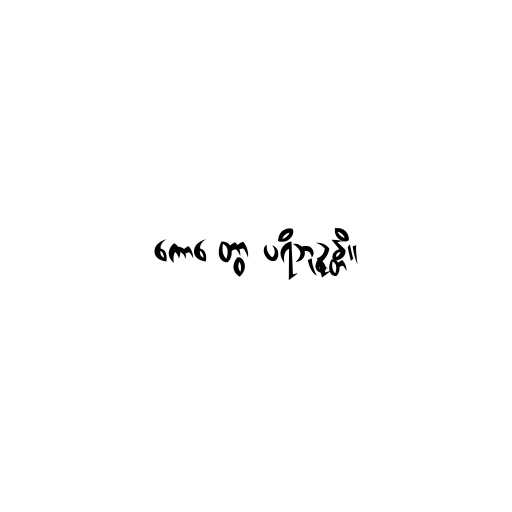
ကောဋ္ဋေတွာ ပရိဘုဉ္ဇန္တိ။